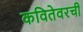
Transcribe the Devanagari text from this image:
कवितेवरची